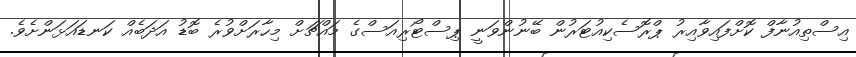
އިސްތިއުނާފް ކޮށްފައިވާއިރު ޕްރޮސެކިއުޓަރުން ބޭނުންވަނީ ޕިސްޓޯރިއަސްގެ މައްޗަށް މިހާރަށްވުރެ ބޮޑު އަދަބެއް ކަނޑައަޅަންށެވެ.